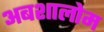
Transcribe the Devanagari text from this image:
अबशालोम